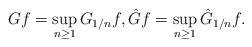
\begin{align*}Gf=\sup_{n\ge 1}G_{1/n}f,\hat Gf=\sup_{n\ge 1}\hat G_{1/n}f.\end{align*}